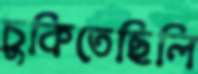
চুকিতেছিলি